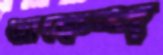
রোকেশ